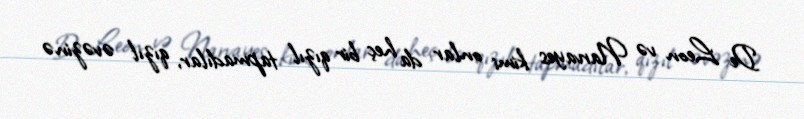
De Leon və Narvayes kimi onlar da heç bir qızıl tapmadılar, qızıl əvəzinə